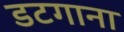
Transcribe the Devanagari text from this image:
डटगाना